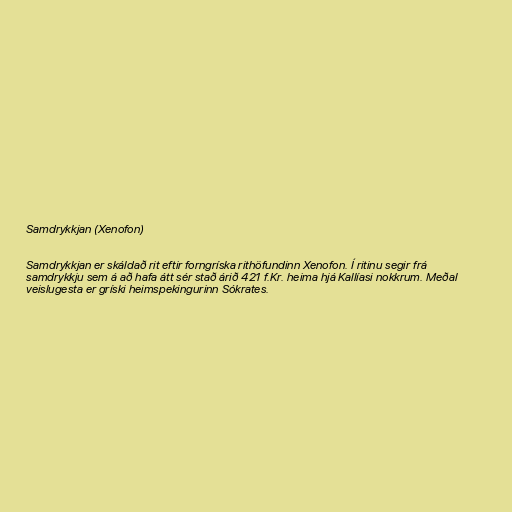
Samdrykkjan (Xenofon)

Samdrykkjan er skáldað rit eftir forngríska rithöfundinn Xenofon. Í ritinu segir frá
samdrykkju sem á að hafa átt sér stað árið 421 f.Kr. heima hjá Kallíasi nokkrum. Meðal
veislugesta er gríski heimspekingurinn Sókrates.